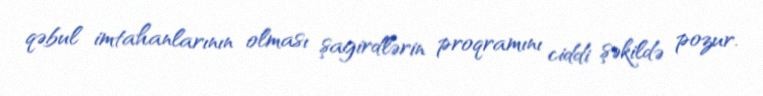
qəbul imtahanlarının olması şagirdlərin proqramını ciddi şəkildə pozur.